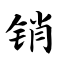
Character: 销